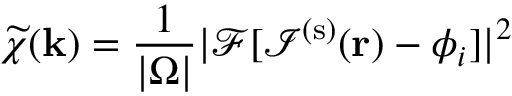
\widetilde { \chi } ( \mathbf { k } ) = \frac { 1 } { | \Omega | } | \mathcal { F } [ \mathcal { I } ^ { ( \mathrm { { s } ) } } ( \mathbf { r } ) - \phi _ { i } ] | ^ { 2 }